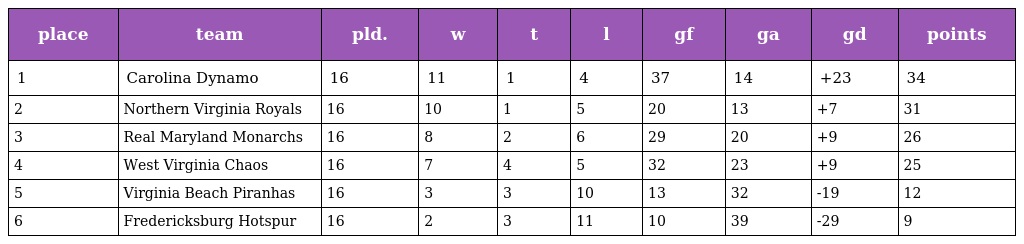
| place | team | pld. | w | t | l | gf | ga | gd | points |
 | --- | --- | --- | --- | --- | --- | --- | --- | --- | --- |
 | 1 | Carolina Dynamo | 16 | 11 | 1 | 4 | 37 | 14 | +23 | 34 |
 | 2 | Northern Virginia Royals | 16 | 10 | 1 | 5 | 20 | 13 | +7 | 31 |
 | 3 | Real Maryland Monarchs | 16 | 8 | 2 | 6 | 29 | 20 | +9 | 26 |
 | 4 | West Virginia Chaos | 16 | 7 | 4 | 5 | 32 | 23 | +9 | 25 |
 | 5 | Virginia Beach Piranhas | 16 | 3 | 3 | 10 | 13 | 32 | -19 | 12 |
 | 6 | Fredericksburg Hotspur | 16 | 2 | 3 | 11 | 10 | 39 | -29 | 9 |